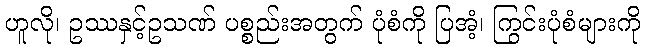
ဟူလို၊ ဥဿနှင့်ဥသဏ် ပစ္စည်းအတွက် ပုံစံကို ပြအံ့၊ ကြွင်းပုံစံများကို